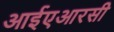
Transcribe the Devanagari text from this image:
आईएआरसी